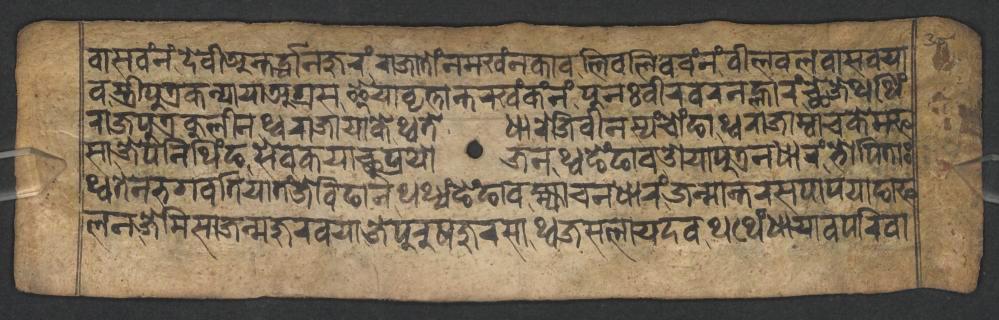
𑐰𑐵𑐳𑐰𑑄𑐣𑑄𑐡𑐾𑐰𑐷𑐀𑐣𑑂𑐟𑐬𑑂𑐡𑑂𑐢𑐵𑐣𑐖𑐸𑐬𑑄𑐬𑐵𑐖𑐵𑐟𑑀𑑄𑐣𑐩𑐏𑑄𑐣𑐎𑐵𑐰𑐮𑐶𑐰𑐮𑐶𑐰𑐰𑑄𑐣𑑄𑐰𑐷𑐮𑐰𑐮𑐰𑐵𑐳𑐰𑐫𑐵𑐰 𑐳𑑂𑐟𑑂𑐬𑐷𑐥𑐸𑐟𑑂𑐬𑐎𑐣𑑂𑐫𑐵𑐫𑐵𑐀𑐐𑑂𑐬𑐳𑐿𑐫𑐵𑐰𑐺𑐟𑑂𑐟𑐵𑐣𑑂𑐟𑐬𑐏𑑄𑐎𑑄𑐣𑑄𑐥𑐸𑐣𑑅𑐰𑐷𑐬𑐰𑐬𑐣𑐮𑑂𑐴𑐵𑐬𑑄𑐕𑐾𑐖𑐾𑐠𑐠𑐶𑑄 𑐬𑐵𑐖𑐥𑐸𑐟𑑂𑐬𑐎𑐸𑐮𑐷𑐣𑐠𑑂𑐰𑐬𑐵𑐖𑐵𑐫𑐵𑐎𑐾𑐠𑑂𑐰𑐟𑐾𑐢𑐵𑐬𑐾𑐖𑐶𑐰𑐷𑐣𑐳𑑂𑐫𑑄𑐔𑑀𑑄𑐒𑐵𑐠𑑂𑐰𑐬𑐵𑐖𑐵𑐩𑑂𑐰𑐵𑐔𑐎𑐾𑐩𑐦 𑐳𑐵𑐖𑐾𑐥𑐣𑐶𑐠𑐶𑑄𑐒𑐳𑐾𑐰𑐎𑐫𑐵𑐕𑐸𑐥𑑂𑐬𑐫𑑀𑐖𑐣𑐠𑑂𑐰𑐒𑐾𑑄𑐒𑐵𑐰𑐌𑐫𑐵𑐥𑐸𑐟𑑂𑐬𑐣𑐢𑐵𑐬𑑄𑐨𑑀𑐥𑐶𑐟𑐵𑑅 𑐠𑑂𑐰𑐟𑐾𑐣𑐨𑐐𑐰𑐟𑐶𑐫𑐵𑐟𑑄𑐖𑐾𑐧𑐶𑐒𑐵𑐣𑐠𑐠𑑂𑐫𑑄𑐒𑐾𑑄𑐒𑐵𑐰𑐩𑑂𑐴𑑂𑐫𑐵𑐔𑐣𑐢𑐵𑐬𑑄𑐖𑐣𑑂𑐩𑐵𑐣𑑂𑐟𑐬𑐳𑐥𑐵𑐥𑐫𑐵𑐒𑐵 𑐦𑐮𑐣𑐖𑐾𑐩𑐶𑐳𑐵𑐖𑐣𑑂𑐩𑐖𑐸𑐬𑐰𑐫𑐵𑐖𑐾𑐥𑐸𑐬𑐸𑐲𑐖𑐸𑐬𑐳𑐵𑐠𑑂𑐰𑐖𑐳𑐮𑐵𑐫𑐡𑐰𑐠𑐠𑐾𑑄𑐢𑐵𑐫𑐵𑐰𑐥𑐬𑐶𑐰𑐵